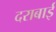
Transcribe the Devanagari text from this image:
दराबाई